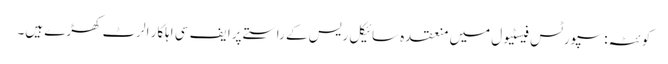
کوئٹہ: سپورٹس فیسٹیول میں منعقدہ سائیکل ریس کے راستے پرا یف سی اہلکار الرٹ کھڑے ہیں۔